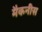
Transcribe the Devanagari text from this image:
मैकनीस